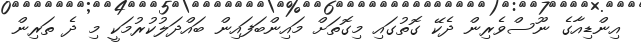
އިންޑިއާގެ ނޫސްވެރިން ދެކޭ ގޮތުގައި މިގޮތަށް މައިންބަފައިން ބައްދަލުކުރުމަކީ މި ދެ ތަރިން